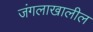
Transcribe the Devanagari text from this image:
जंगलाखालील